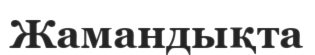
Жамандықта